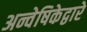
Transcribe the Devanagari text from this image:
अन्वेषिकेद्वारे